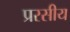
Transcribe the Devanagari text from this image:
प्ररसीय